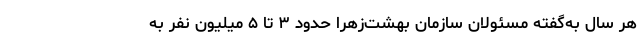
هر سال به‌گفته مسئولان سازمان بهشت‌زهرا حدود ۳ تا ۵ میلیون نفر به